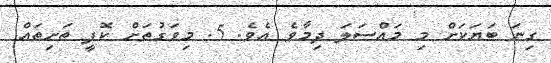
ގިނަ ބަޔަކަށް މި މައްސަލަ ދިމާވެ އެވެ. 5. މިވަގުތަށް ކޮފީ ތަށިތައް